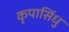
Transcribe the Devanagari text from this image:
कृपासिंधु